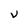
Character: V